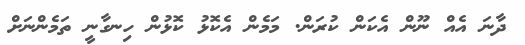
ދާނަ އެއް ނޫން އެކަން ކުރަން. މަމެން އެކޮޅު ކޮޅުން ހިނގާނީ ތަމެންނަށް